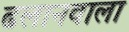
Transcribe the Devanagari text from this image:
ढलानवाला